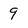
Character: 9